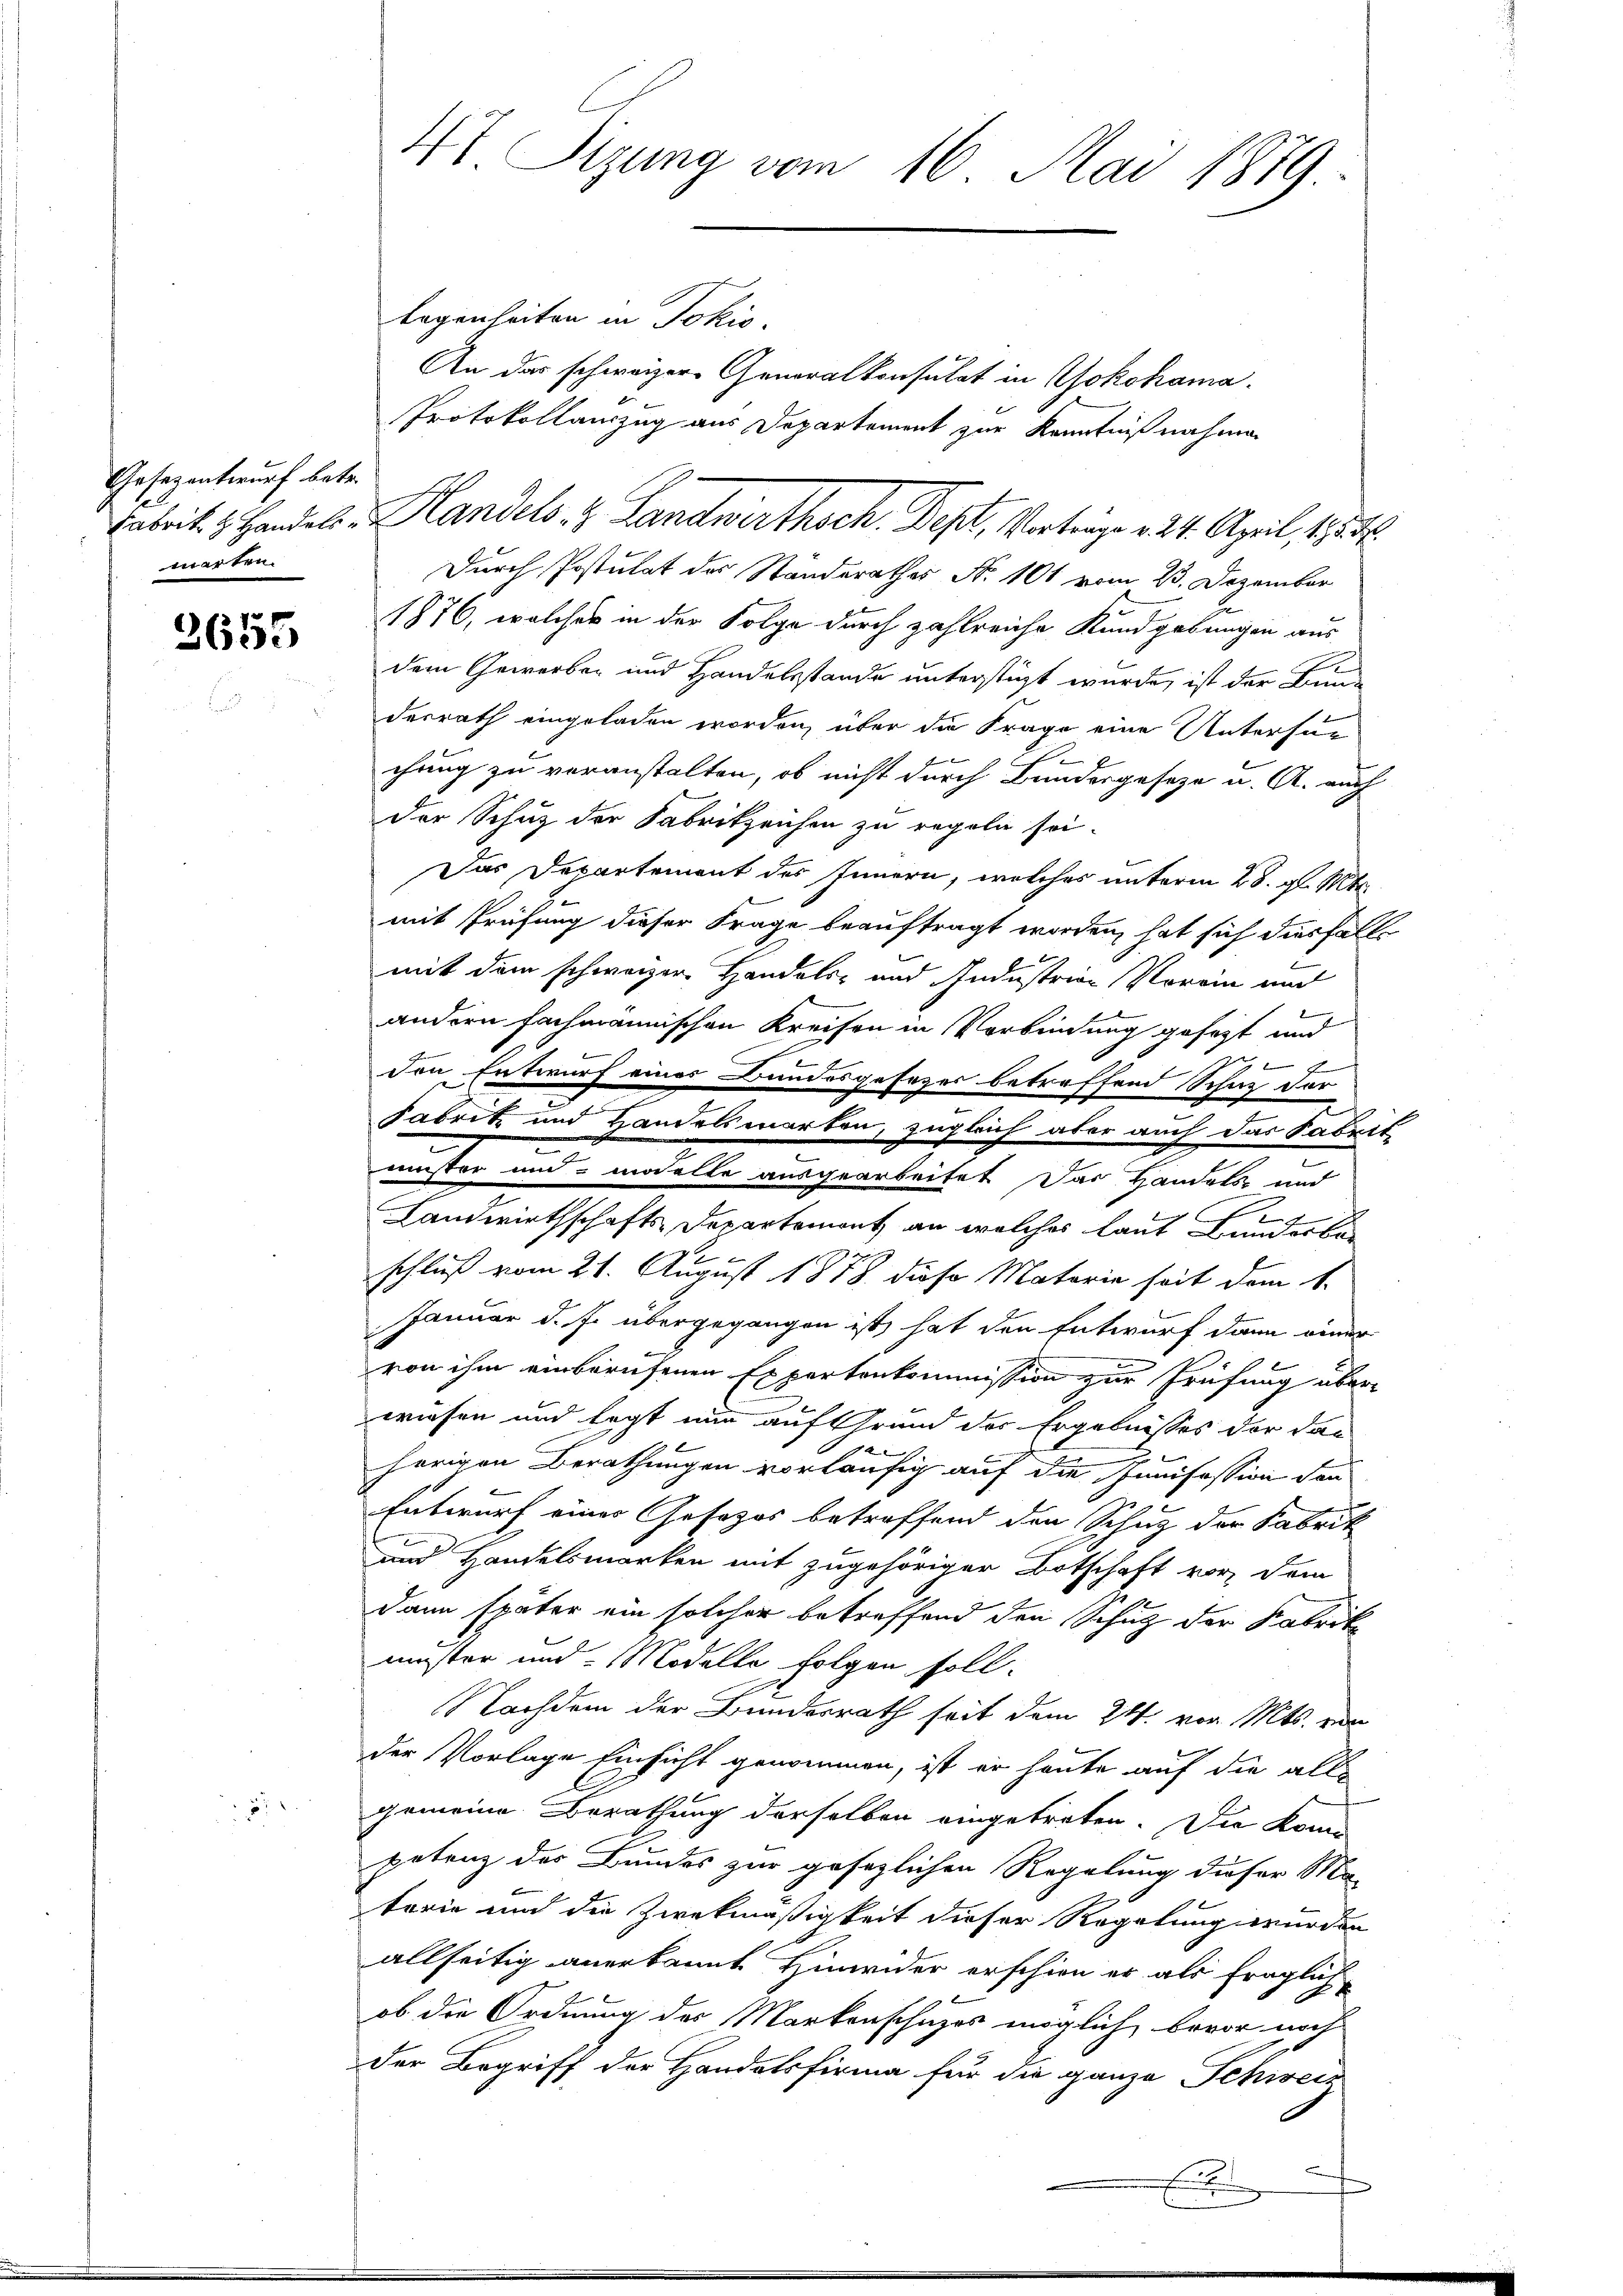
Gesezentwurf betr.
marten

7
3635

47 Sizung vom 16. Mai 1879.

b
legenheiten in Jokis.
An das schweizer Generalkonsulat in Yokohama
Protokollauszug aus Departement zur Kenntnißnahmen
Durch Postulat des Standerathes Nr. 101 vom 23. Dezember
1876, welches in der Folge durch zahlreiche Kundgebungen aus
dem Gewerber und Handelsstande unterstüzt wurde, ist der Brun
desrath eingeladen worden, über die Frage eine Untersue
e
chung zu veranstalten, ob nicht durch Bundergeseze u. A. auch
der Schuz der Fabrikzeichen zu regeln sei-
Das Departement des Innern, welches unterm 28. gl. Mts.
mit Prüfung dieser Frage beauftragt worden, hat sich diesfall
mit dem schweizer Handels- und Industrien Vorein und
andern fachmännischen Kreisen in Verbindung gefegt und
e
F
den Entwurf eines Bundesgesezes betreffend Schaz der
Fabrik und Handelsmarken, zugleich aber auch das Sabrit
.
.
muster und modelle ausgearbeitet das Handels- und
Landwirthschafts Departemont an welches laut Bunderba
.
schluß vom 21. August 1818 diese Matorie seit dem 1.
Januar d. J. übergegangen ist, hat den Entwurf dann einer
von ihm einberufenen Expertenkommission zur Prüfung überwiesen und legt nun auf Grund des Ergebnisses der dan
xx
herigen Berathungen vorläufig auf die Junifession dann
Entwurf einer Gesetzes betreffend den Schutz der Fabrik
und Handelsmarken mit zugehöriger Botschaft vor, dem
.
Dann später ein solcher betreffend den Schutz der Fabrik
muster und Modelle folgen soll.
Nachdem der Bundesrath seit dem 24. vor. Mts. von
der Vorlage Einsicht genommen, ist er heute auf die all-
gemeine Berathung derselben eingetreten. Die konn
petenz des Bundes zur gesezlichen Regelung dieser Ma-
terie und die Zweckmäßigkeit dieser Regelung wurden
allseitig anerkannt Hinwider erschien er als fraglich-
ob die Ordnung des Markenschuzes möglich, bevor noch
der Begriff der Handelsfirma für die ganze Schweiz

Fabrit. H. Handels Handels- & Landwirthsch. Sept, Vortrage . 24. April 1872